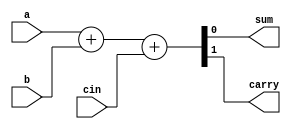
module full_adder ( 
  input a,
  input b,
  input cin,
  output reg sum,
  output reg carry
);

always @(a,b,cin) 
    {carry,sum} = a + b + cin ;
  endmodule